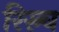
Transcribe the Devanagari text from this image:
रिस्र्च